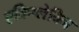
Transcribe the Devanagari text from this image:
एक्रिप्लेविन